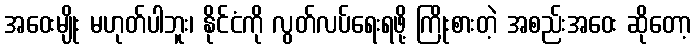
အဝေးမျိုး မဟုတ်ပါဘူး၊ နိုင်ငံကို လွတ်လပ်ရေးရဖို့ ကြိုးစားတဲ့ အစည်းအဝေး ဆိုတော့